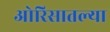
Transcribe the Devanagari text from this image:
ओरिसातल्या